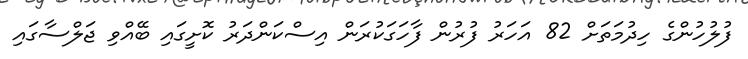
ފުލުހުންގެ ހިދުމަތަށް 82 އަހަރު ފުރުން ފާހަގަކުރަން އިސްކަންދަރު ކޮށީގައި ބޭއްވި ޖަލްސާގައި